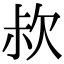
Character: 𣢰